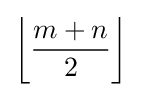
{\bigg \lfloor }{\frac {m+n}{2}}{\bigg \rfloor }